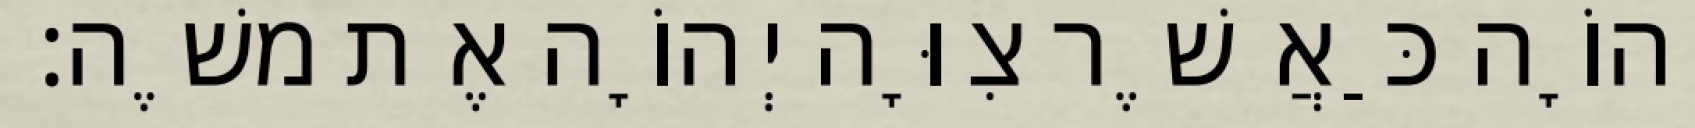
יְהוָֹה כַּאֲשֶׁר צִוָּה יְהוָֹה אֶת משֶׁה׃